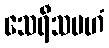
သေရီသမဟံ